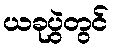
ယခုပွဲတွင်